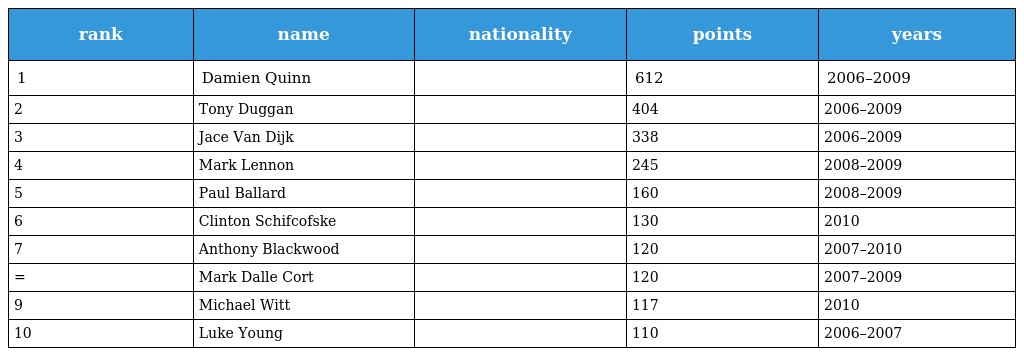
| rank | name | nationality | points | years |
 | --- | --- | --- | --- | --- |
 | 1 | Damien Quinn |  | 612 | 2006–2009 |
 | 2 | Tony Duggan |  | 404 | 2006–2009 |
 | 3 | Jace Van Dijk |  | 338 | 2006–2009 |
 | 4 | Mark Lennon |  | 245 | 2008–2009 |
 | 5 | Paul Ballard |  | 160 | 2008–2009 |
 | 6 | Clinton Schifcofske |  | 130 | 2010 |
 | 7 | Anthony Blackwood |  | 120 | 2007–2010 |
 | = | Mark Dalle Cort |  | 120 | 2007–2009 |
 | 9 | Michael Witt |  | 117 | 2010 |
 | 10 | Luke Young |  | 110 | 2006–2007 |